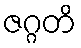
ဇဂ္ဂတိ